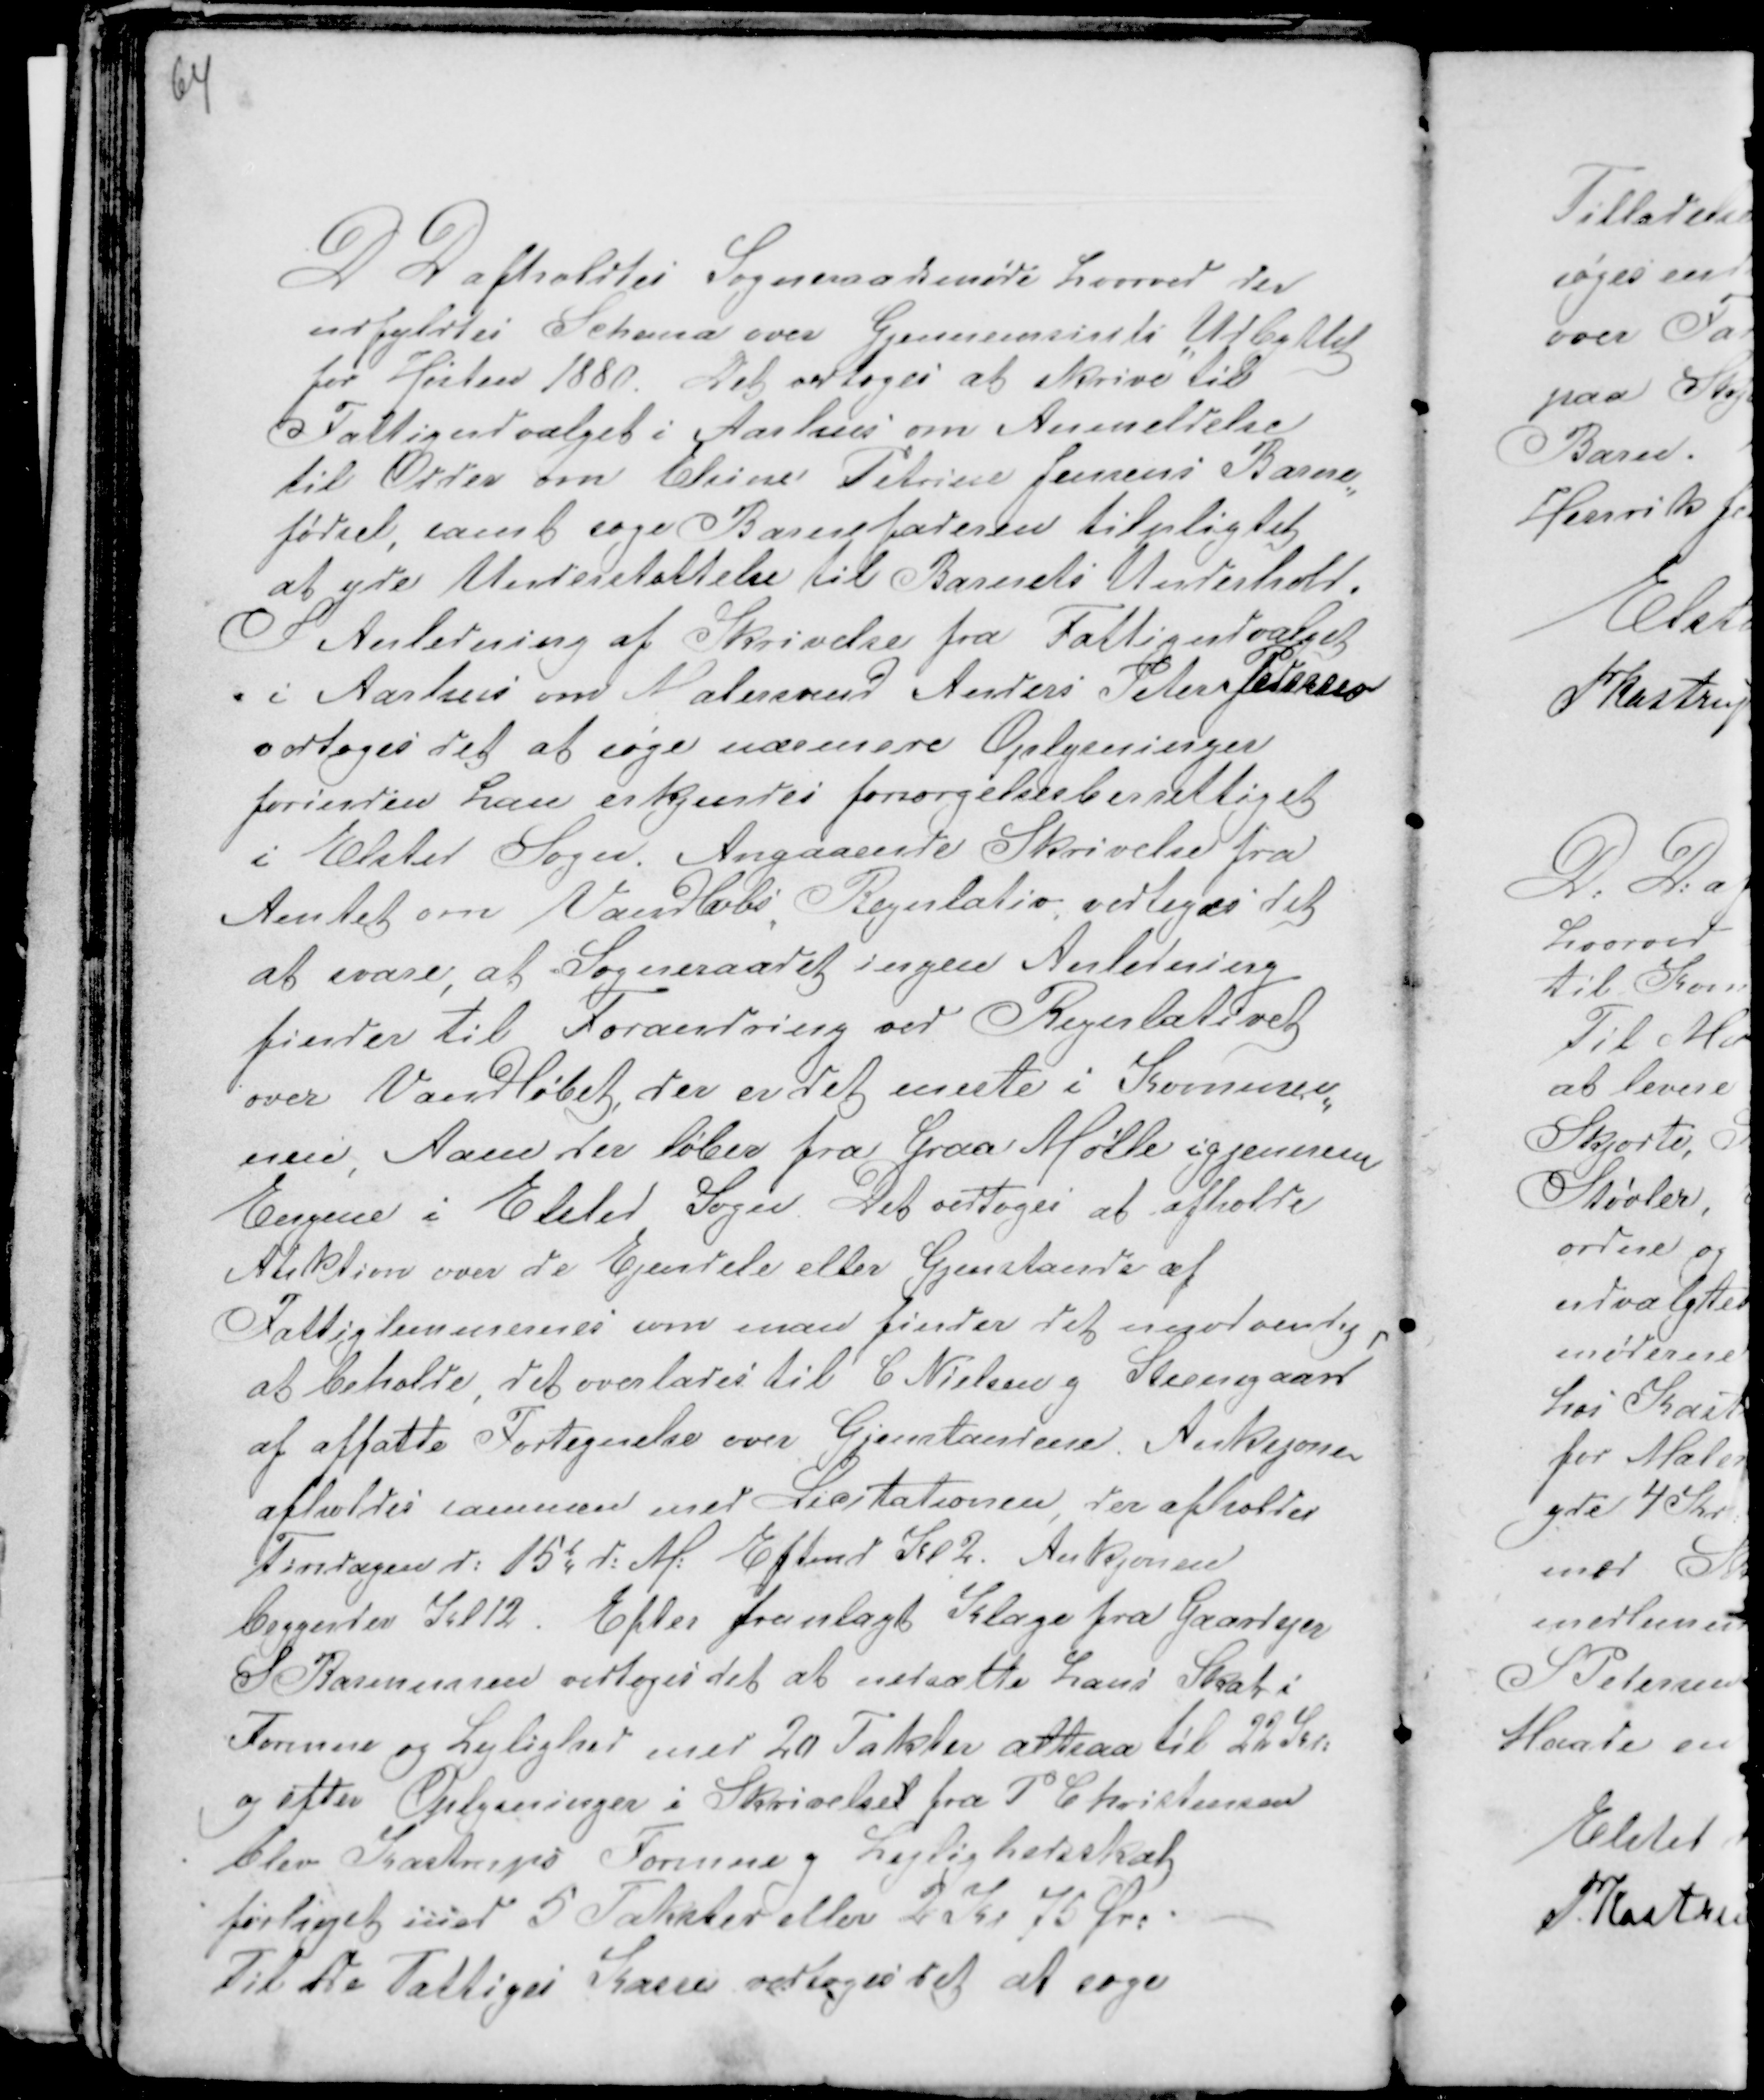
Transskription:
D D afholdtes Sogneraadsmøde hvorved der
udfyldtes Schema over Gjennemsnits Udbyttet
for Høsten 1880. Det vedtoges at skrive til
Fattigsudvalget i Aarhus om Anmeldelse
til Odder om Elsine Petrine Jensens' Barne-
fødsel samt søge Barnefaderen tilpligtet
at yde Understøttelse til Barnets Underhold.
I Anledning af Skrivelse fra Fattigudvalget
i Aarhus om Malersvend Anders Peter Pedersen
vedtoges det at søge nærmere Oplysninger
forinden han erkjendes forsørgelsesberettiget
i Elsted Sogn. Angaaende Skrivelse fra
Amtet om Vandløbs Regulativ, vedtoges det
at svare at Sogneraadet ingen Anledning
finder til Forandring ved Regulativet
over Vandløbet, der er det eneste i Komunn-
nen, Aaen der løber fra Graa Møller igjennem
Engene i Elsted Sogn. Det vedtoges at afholde
Auktion over de Ejendele eller Gjenstande af
Fattiglemmernes som man finder det unødvendig p
at beholde, det overlades til E Nielsen g Steensgaard
af affatte Fortegnelse over Gjenstandene Auksjonen
afholdes sammen med Licitationen, der afholdes
Tirsdagen d: 15t d: M: Eftmd Kl 2. Aukjonen
begynder Kl 12. Efter franlagt Klage fra Gaardejer
S Rasmussen vedtoges det at nedsætte hans Skat i
Formue og Lejlighed med 20 Takter altsaa til 22 Kr:
og efter Oplysninger i Skrivelset fra P Christensen
blev Kastrups Formue og Lejlighedsskat
forliget med 5 Takster eller 2 Kr 75 Øre. -
Til De Fattiges Kasse vedtoges det at søge